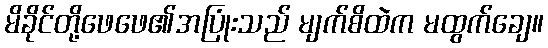
မိခိုင်တို့ဖေဖေ၏အပြုံးသည် မျက်စိထဲက မထွက်ချေ။